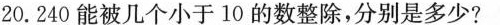
20.240能被几个小于10的数整除，分别是多少?